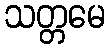
သတ္တမေ